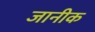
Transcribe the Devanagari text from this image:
जानीक